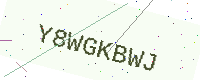
Text: Y8WGKBWJ